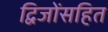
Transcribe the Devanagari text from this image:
द्विजोंसहित